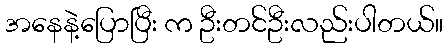
အနေနဲ့ပြောပြီး က ဦးတင်ဦးလည်းပါတယ်။